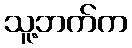
သူ့ဘက်က